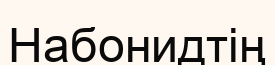
Набонидтің